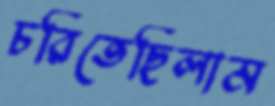
চরিতেছিলাম